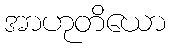
အာဟုတိယော